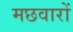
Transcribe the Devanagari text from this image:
मछवारों